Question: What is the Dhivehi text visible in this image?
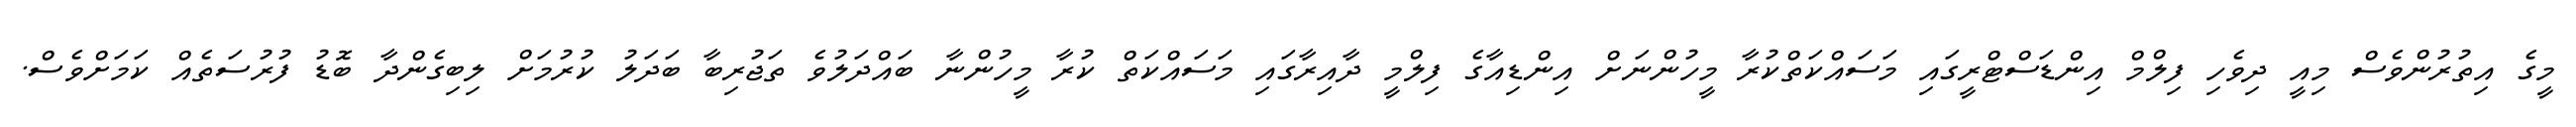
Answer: މީގެ އިތުރުންވެސް މިއީ ދިވެހި ފިލްމް އިންޑަސްޓްރީގައި މަސައްކަތްކުރާ މީހުންނަށް އިންޑިއާގެ ފިލްމީ ދާއިރާގައި މަސައްކަތް ކުރާ މީހުންނާ ބައްދަލުވެ ތަޖުރިބާ ބަދަލު ކުރުމަށް ލިބިގެންދާ ބޮޑު ފުރުސަތެއް ކަމަށްވެސް.